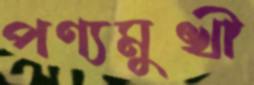
পণ্যমুখী